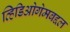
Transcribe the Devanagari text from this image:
व्हिडिओगेमबद्दल